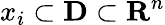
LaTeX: x_{i}\subset\mathbf{D}\subset{\mathbf{R}}^{n}